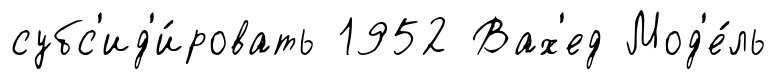
субс'ид'и́ровать 1952 Вах'ед Мод'е́ль